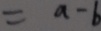
= a - b